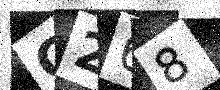
Text: C268